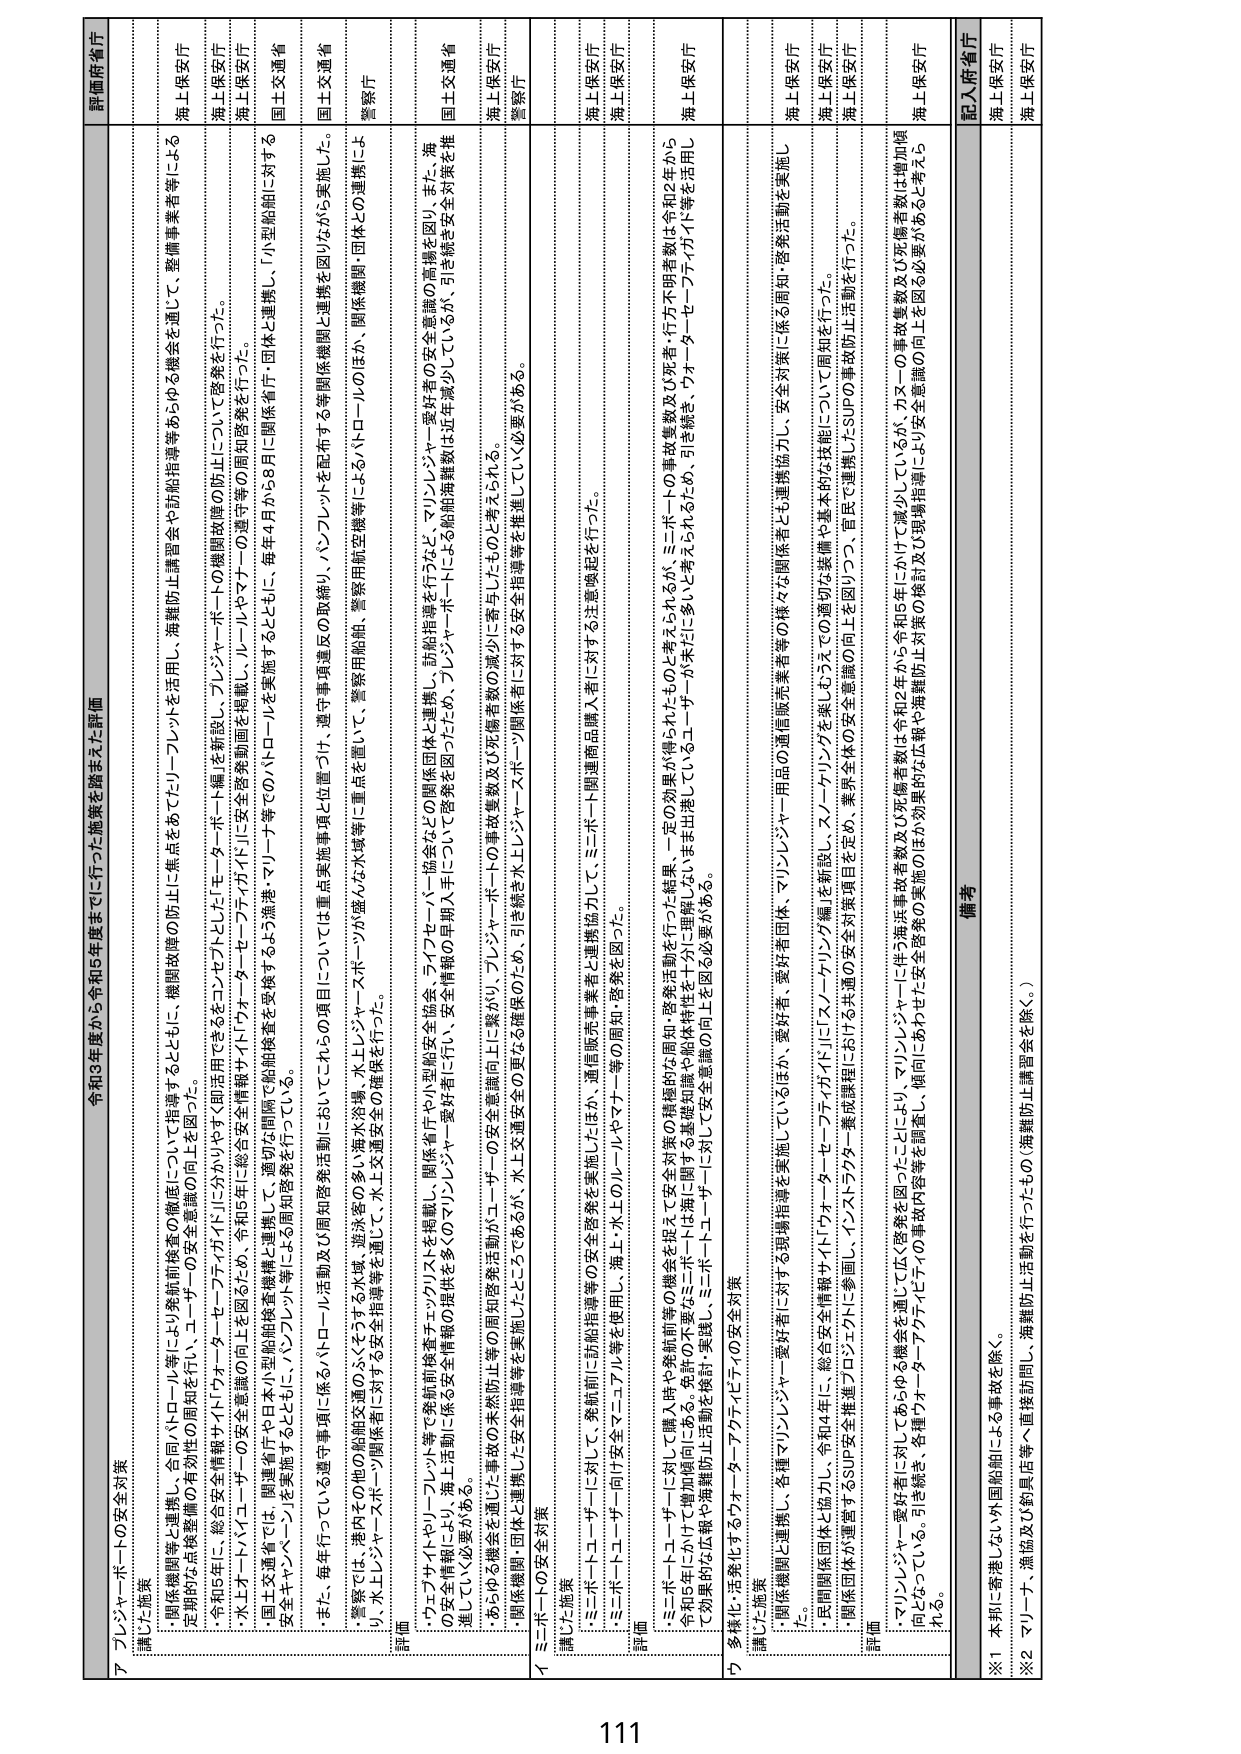
令和9年度から令和15年度までに行った施策を踏まえた評価

ア プレジャーボートの安全対策
・講じた施策
[関係機関等と連携] 全国パトロール等により発航前検査の徹底について指導するとともに、機関故障の防止に焦点をあてたリーフレットを活用し、海難防止講習会や訪船指導等あらゆる機会を通じて、整備事業者等による定期的な点検整備の有効性の周知を行い、ユーザーの安全意識の向上を図った。
・令和5年に、総合安全情報サイト「ウォーターアクティビティガイド」に分かちやすく使えるコンテンツとして「モーターボート・プレジャーボートの機関故障の防止について」を啓発を行った。
・水上オートバイ・ユーザーの安全意識の向上を図るため、令和5年に総合安全情報サイト「ウォーターアクティビティガイド」に安全啓発動画を掲載し、ルールやマナーの遵守等の周知啓発を行った。
・国土交通省では、関連省庁や日本小型船舶検査機構と連携して、適切な間隔で船舶検査を受検するよう漁港・マリーナ等でのハローロールを実施するとともに、毎年4月から8月に「小型船舶に対する安全キャンペーン」を実施するとともに、ハンドブック等による周知啓発を行っている。
・また、毎年行っている選考事項に係るハローロール活動及び周知啓発活動においては、重点実施事項と位置づけ、遵守事項違反の取締り、パンフレットを配布する等関係機関と連携を図りながら実施した。
・警察では、港内その他の船舶交通のふくくする水域、遊泳等の多い海水浴場、水上レジャースポーツが盛んな水域等に重点を置いて、警察用船舶、警察用航空機等によるパトロールのほか、関係機関・団体との連携により、水上レジャースポーツ関係者に対する安全指導等を適切に、水上交通安全の確保を行った。
・評価
・ウェブサイトやリーフレット等で発航前検査をチェックリストを掲載し、関係省庁や小型船舶安全協会、ライフセーバー協会などの関係団体と連携し、訪船指導を行うなど、マリンレジャー愛好者の安全意識の高揚を図り、また、海の安全情報により、海上活動に係る安全情報の提供を多くの方々に周知している。プレジャーボートによる船舶海難事故は近年減少しているが、引き続き安全対策を推進していく必要がある。
・あらゆる機会を通じた事故の未然防止等の周知啓発活動がユーザーや関係機関・団体と連携した安全意識向上であるが、水上交通安全の確保のため、引き続き水上レジャースポーツ関係者に対する安全指導等を推進していく必要がある。

イ ミニボートの安全対策
・講じた施策
・ミニボート・トゥーサーズに対して、発航前・訪船指導等の安全啓発を実施したほか、通信販売事業者と連携協力して、ミニボート関連商品購入者に対する注意喚起を行った。
・ミニボート・トゥーサーズ向け安全マニュアル等を使用し、海上・水上のルールやマナー等の周知・啓発を図った。
・評価
・ミニボート・トゥーサーズに対して購入時や発航前等の機会を捉えて安全対策の講座的な周知・啓発活動を行った結果、一定の効果が得られたものと考えられるが、ミニボートの事故件数及び死者・行方不明者数は令和2年から令和5年にかけて増加傾向にある。発航前の不安全なミニボートは海の基礎知識や船体特性等が十分に理解しないまま出港しているユーザーが未だに多いと考えられるため、引き続き、ウォーターアクティビティ等を活用して効果的で広報や海難防止活動を検討・実践し、ミニボートユーザーに対して安全意識の向上を図る必要がある。

ウ 多様化・活発化するウォーターアクティビティの安全対策
・講じた施策
・関係機関と連携し、各様マリンレジャー愛好者に対する現場指導を実施しているほか、愛好者・関係者等の様々な関係者とも連携協力し、安全対策に係る周知・啓発活動を実施した。
・関係機関団体と協力し、令和4年に、総合安全情報サイト「ウォーターアクティビティガイド」に「ソーラーフィッシング編」を新設し、スノーケリングを楽しむうえでの適切な装備や基本的な技能について周知を行った。
・関係団体が運営するSUP安全推進プロジェクトに参画し、インストラクター養成講座における共通の安全対策項目を定め、業界全体の安全意識の向上を図りつつ、官民で連携したSUPの事故防止活動を行った。
・評価
・マリンレジャー愛好者に対してあらゆる機会を通じて広く啓発を図ったことにより、マリンレジャーに伴う海浜事故者数及び死者者数は令和2年から令和5年にかけて減少しているが、カヌーの事故件数及び死者者数は増加傾向となっている。引き続き、各種ウォーターアクティビティの事故内容等を調査し、傾向にあわせた安全啓発の実施や海難防止対策の検討及び現実的な対策を図る必要があると考えられる。

備考
※1 本邦に寄港しない外国船舶にによる事故を除く。
※2 マリンレジャー、漁協及び卸売店等へ直接訪問し、海難防止講習会を除く。）

評価府省庁
海上保安庁
海上保安庁
海上保安庁
国土交通省
国土交通省
警察庁
国土交通省
海上保安庁
警察庁
海上保安庁
海上保安庁
海上保安庁
海上保安庁
海上保安庁
海上保安庁
海上保安庁
海上保安庁
海上保安庁
海上保安庁
海上保安庁

111